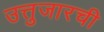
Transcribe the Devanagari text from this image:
उत्तुजारची